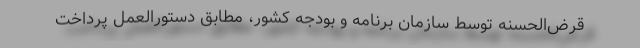
قرض‌الحسنه توسط سازمان برنامه و بودجه کشور، مطابق دستورالعمل پرداخت